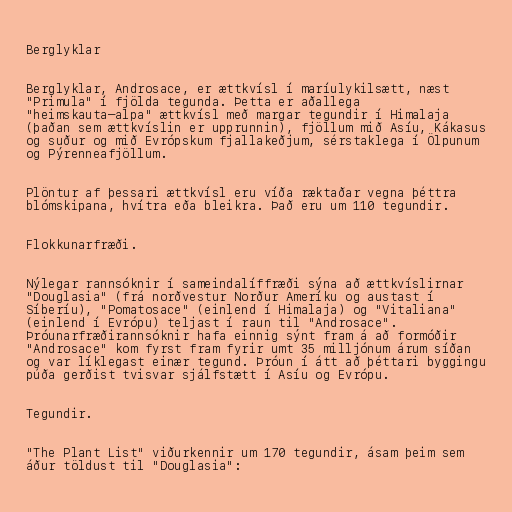
Berglyklar

Berglyklar, Androsace, er ættkvísl í maríulykilsætt, næst
"Primula" í fjölda tegunda. Þetta er aðallega
"heimskauta–alpa" ættkvísl með margar tegundir í Himalaja
(þaðan sem ættkvíslin er upprunnin), fjöllum mið Asíu, Kákasus
og suður og mið Evrópskum fjallakeðjum, sérstaklega í Ölpunum
og Pýrenneafjöllum.

Plöntur af þessari ættkvísl eru víða ræktaðar vegna þéttra
blómskipana, hvítra eða bleikra. Það eru um 110 tegundir.

Flokkunarfræði.

Nýlegar rannsóknir í sameindalíffræði sýna að ættkvíslirnar
"Douglasia" (frá norðvestur Norður Ameríku og austast í
Síberíu), "Pomatosace" (einlend í Himalaja) og "Vitaliana"
(einlend í Evrópu) teljast í raun til "Androsace".
Þróunarfræðirannsóknir hafa einnig sýnt fram á að formóðir
"Androsace" kom fyrst fram fyrir umt 35 milljónum árum síðan
og var líklegast einær tegund. Þróun í átt að þéttari byggingu
púða gerðist tvisvar sjálfstætt í Asíu og Evrópu.

Tegundir.

"The Plant List" viðurkennir um 170 tegundir, ásam þeim sem
áður töldust til "Douglasia":